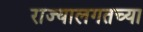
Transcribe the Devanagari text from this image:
राज्यालगतच्या